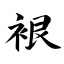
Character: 裉